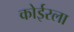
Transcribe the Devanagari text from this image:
कोईरला